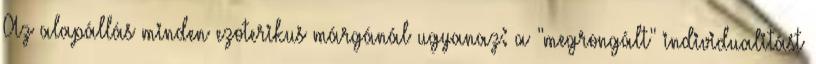
Az alapállás minden ezoterikus márgánál ugyanaz: a "megrongált" individualitást